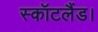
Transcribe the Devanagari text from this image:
स्कॉटलैंड।